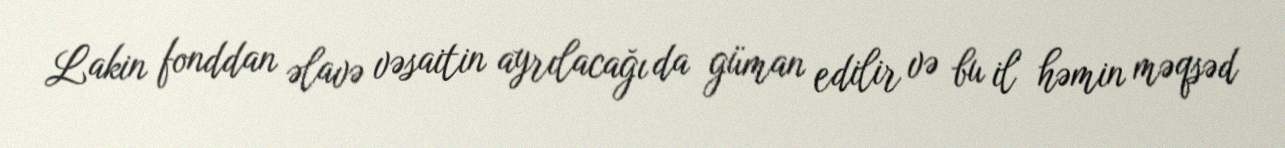
Lakin fonddan əlavə vəsaitin ayrılacağı da güman edilir və bu il həmin məqsəd